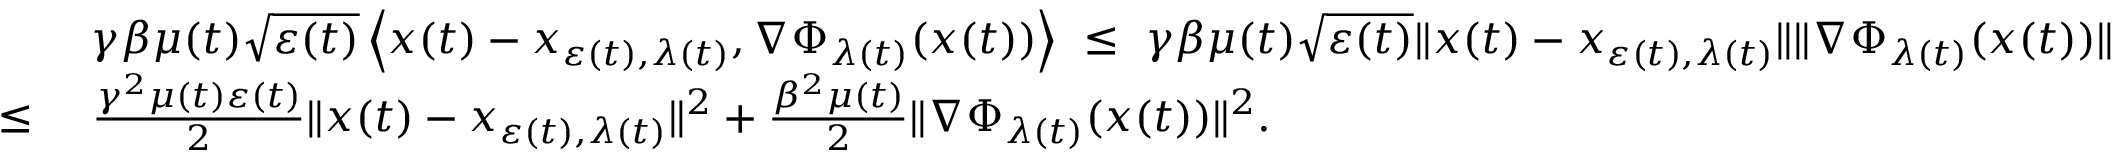
\begin{array} { r l } & { \gamma \beta \mu ( t ) \sqrt { \varepsilon ( t ) } \left\langle x ( t ) - x _ { \varepsilon ( t ) , \lambda ( t ) } , \nabla \Phi _ { \lambda ( t ) } ( x ( t ) ) \right\rangle \ \leq \ \gamma \beta \mu ( t ) \sqrt { \varepsilon ( t ) } \| x ( t ) - x _ { \varepsilon ( t ) , \lambda ( t ) } \| \| \nabla \Phi _ { \lambda ( t ) } ( x ( t ) ) \| } \\ { \leq \ } & { \frac { \gamma ^ { 2 } \mu ( t ) \varepsilon ( t ) } { 2 } \| x ( t ) - x _ { \varepsilon ( t ) , \lambda ( t ) } \| ^ { 2 } + \frac { \beta ^ { 2 } \mu ( t ) } { 2 } \| \nabla \Phi _ { \lambda ( t ) } ( x ( t ) ) \| ^ { 2 } . } \end{array}